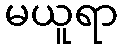
မယူရာ